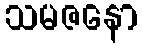
သမဇနော